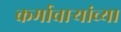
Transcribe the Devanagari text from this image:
कर्माचाऱ्यांच्या